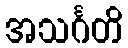
အသင်္ဂတိ